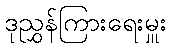
ဒုညွှန်ကြားရေးမှူး